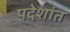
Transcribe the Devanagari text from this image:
पदेशांत